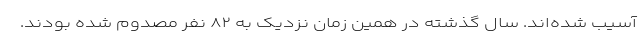
آسیب شده‌اند. سال گذشته در همین زمان نزدیک به ٨٢ نفر مصدوم شده بودند.